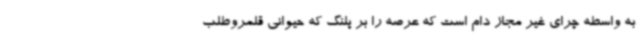
به واسطه چرای غیر مجاز دام است که عرصه را بر پلنگ که حیوانی قلمروطلب